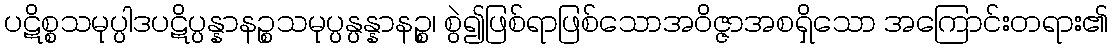
ပဋိစ္စသမုပ္ပါဒပဋိပ္ပန္နာနဉ္စသမုပ္ပန္ပန္နာနဉ္စ၊ စွဲ၍ဖြစ်ရာဖြစ်သောအဝိဇ္ဇာအစရှိသော အကြောင်းတရား၏